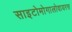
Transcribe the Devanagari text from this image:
साइटोमोगालोवायरस